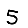
Digit: 5